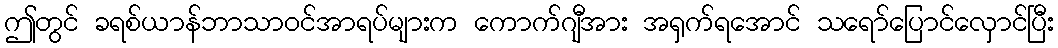
ဤတွင် ခရစ်ယာန်ဘာသာဝင်အာရပ်များက ကောက်ဂျီအား အရှက်ရအောင် သရော်ပြောင်လှောင်ပြီး